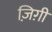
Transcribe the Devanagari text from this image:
ज़िग़ी